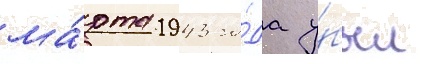
ма́рта 1943 го́да у́был